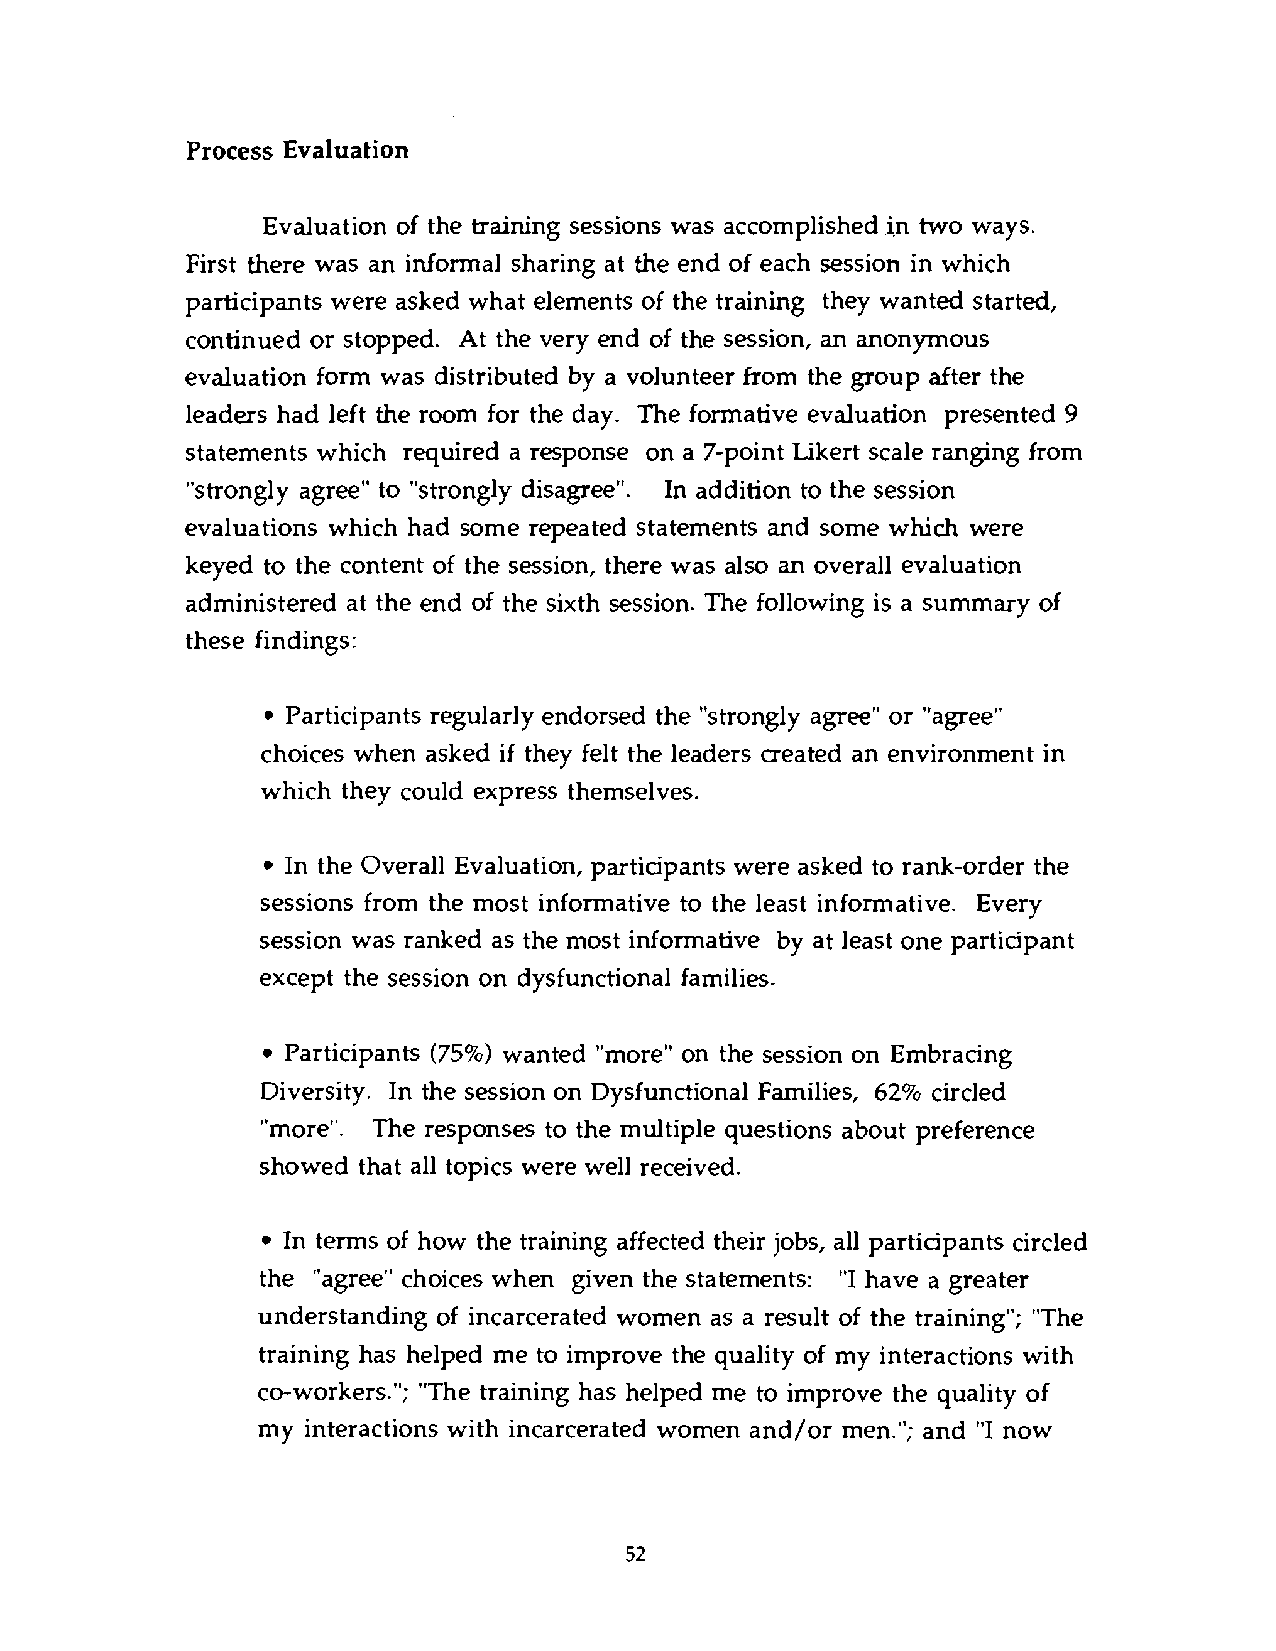
Process Evaluation
 Evaluation of the training sessions was accomplished in two ways.
 First there was an informal sharing at the end of each session in which
 participants were asked what elements of the training they wanted started,
 continued or stopped. At the very end of the session, an anonymous
 evaluation form was distributed by a volunteer from the group after the
 leaders had left the room for the day. The formative evaluation presented 9
 statements which required a response on a 7-point Likert scale ranging from
 "strongly agree" to "strongly disagree". In addition to the session
 evaluations which had some repeated statements and some which were
 keyed to the content of the session, there was also an overall evaluation
 administered at the end of the sixth session. The following is a summary of
 these findings:
 Participants regularly endorsed the "strongly agree" or "agree"
 choices when asked if they felt the leaders aeated an environment in
 which they could express themselves.
 In the Overall Evaluation, partidpants were asked to rank-order the
 sessions from the most informative to the least informative. Every
 session was ranked as the most informative by at least one partidpant
 except the session on dysfunctional families.
 Participants (75%) wanted "more" on the session on Embradng
 Diversity. In the session on Dysfunctional Families, 62% circled
 "more". The responses to the multiple questions about preference
 showed that all topics were well received.
 In terms of how the training affected their jobs, all partidpants circled
 the "agree" choices when given the statements: "I have a greater
 understanding of incarcerated women as a result of the training"; "The
 training has helped me to improve the quality of my interactions with
 co-workers."; "The training has helped me to improve the quality of
 my interactions with incarcerated women and/or men."; and "I now